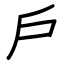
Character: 戶